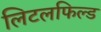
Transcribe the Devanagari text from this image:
लिटलफिल्ड